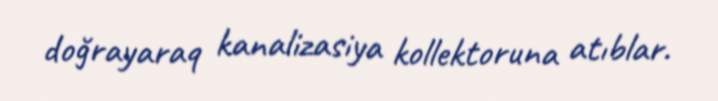
doğrayaraq kanalizasiya kollektoruna atıblar.